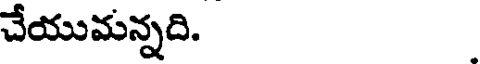
చేయుమన్నది.